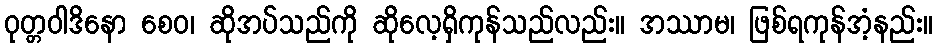
ဝုတ္တဝါဒိနော စေဝ၊ ဆိုအပ်သည်ကို ဆိုလေ့ရှိကုန်သည်လည်း။ အဿာမ၊ ဖြစ်ရကုန်အံ့နည်း။